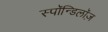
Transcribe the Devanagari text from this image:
स्पॉन्डिलॉज़